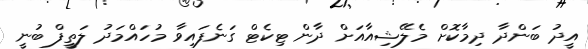
އީދު ބަންދާ ދިމާކޮށް މެލޭޝިއާއަށް ދާން ޓިކެޓް ގަނެފައިވާ މުހައްމަދު ލަތީފް ބުނީ